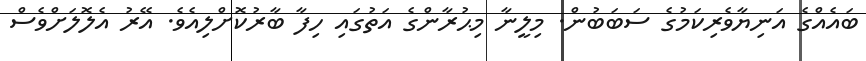
ބައެއްގެ އަނިޔާވެރިކަމުގެ ސަބަބުން. މިލީނާ މިޙުރާންގެ އަތުގައި ހިފާ ބާރުކޮށްލިއެވެ. އޭރު އެލޮލަށްވެސް